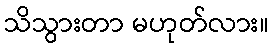
သိသွားတာ မဟုတ်လား။